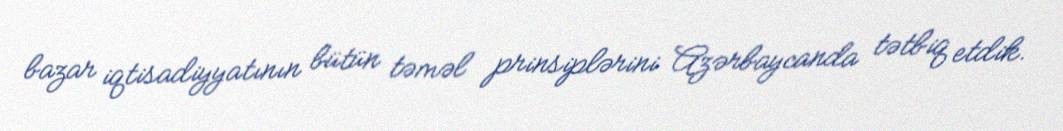
bazar iqtisadiyyatının bütün təməl prinsiplərini Azərbaycanda tətbiq etdik.